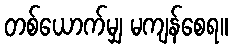
တစ်ယောက်မျှ မကျန်စေရ။